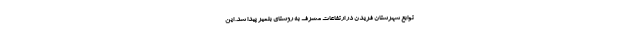
توابع شهرستان فریدن در ارتفاعات مشرف به روستای بلمیر پیدا شد. این